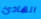
الهادئ